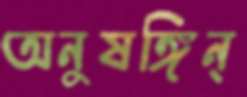
অনুষঙ্গিন্